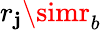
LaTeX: r_{\mathbf{j}}\simr_{b}